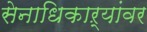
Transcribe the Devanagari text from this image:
सेनाधिकाऱ्यांवर